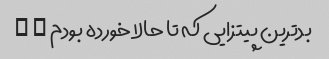
بدترین پیتزایی که تا حالا خورده بودم … …